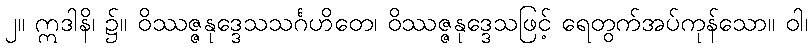
၂။ ဣဒါနိ၊ ၌။ ဝိဿဇ္ဇနုဒ္ဒေသသင်္ဂဟိတေ၊ ဝိဿဇ္ဇနုဒ္ဒေသဖြင့် ရေတွက်အပ်ကုန်သော။ ဝါ၊